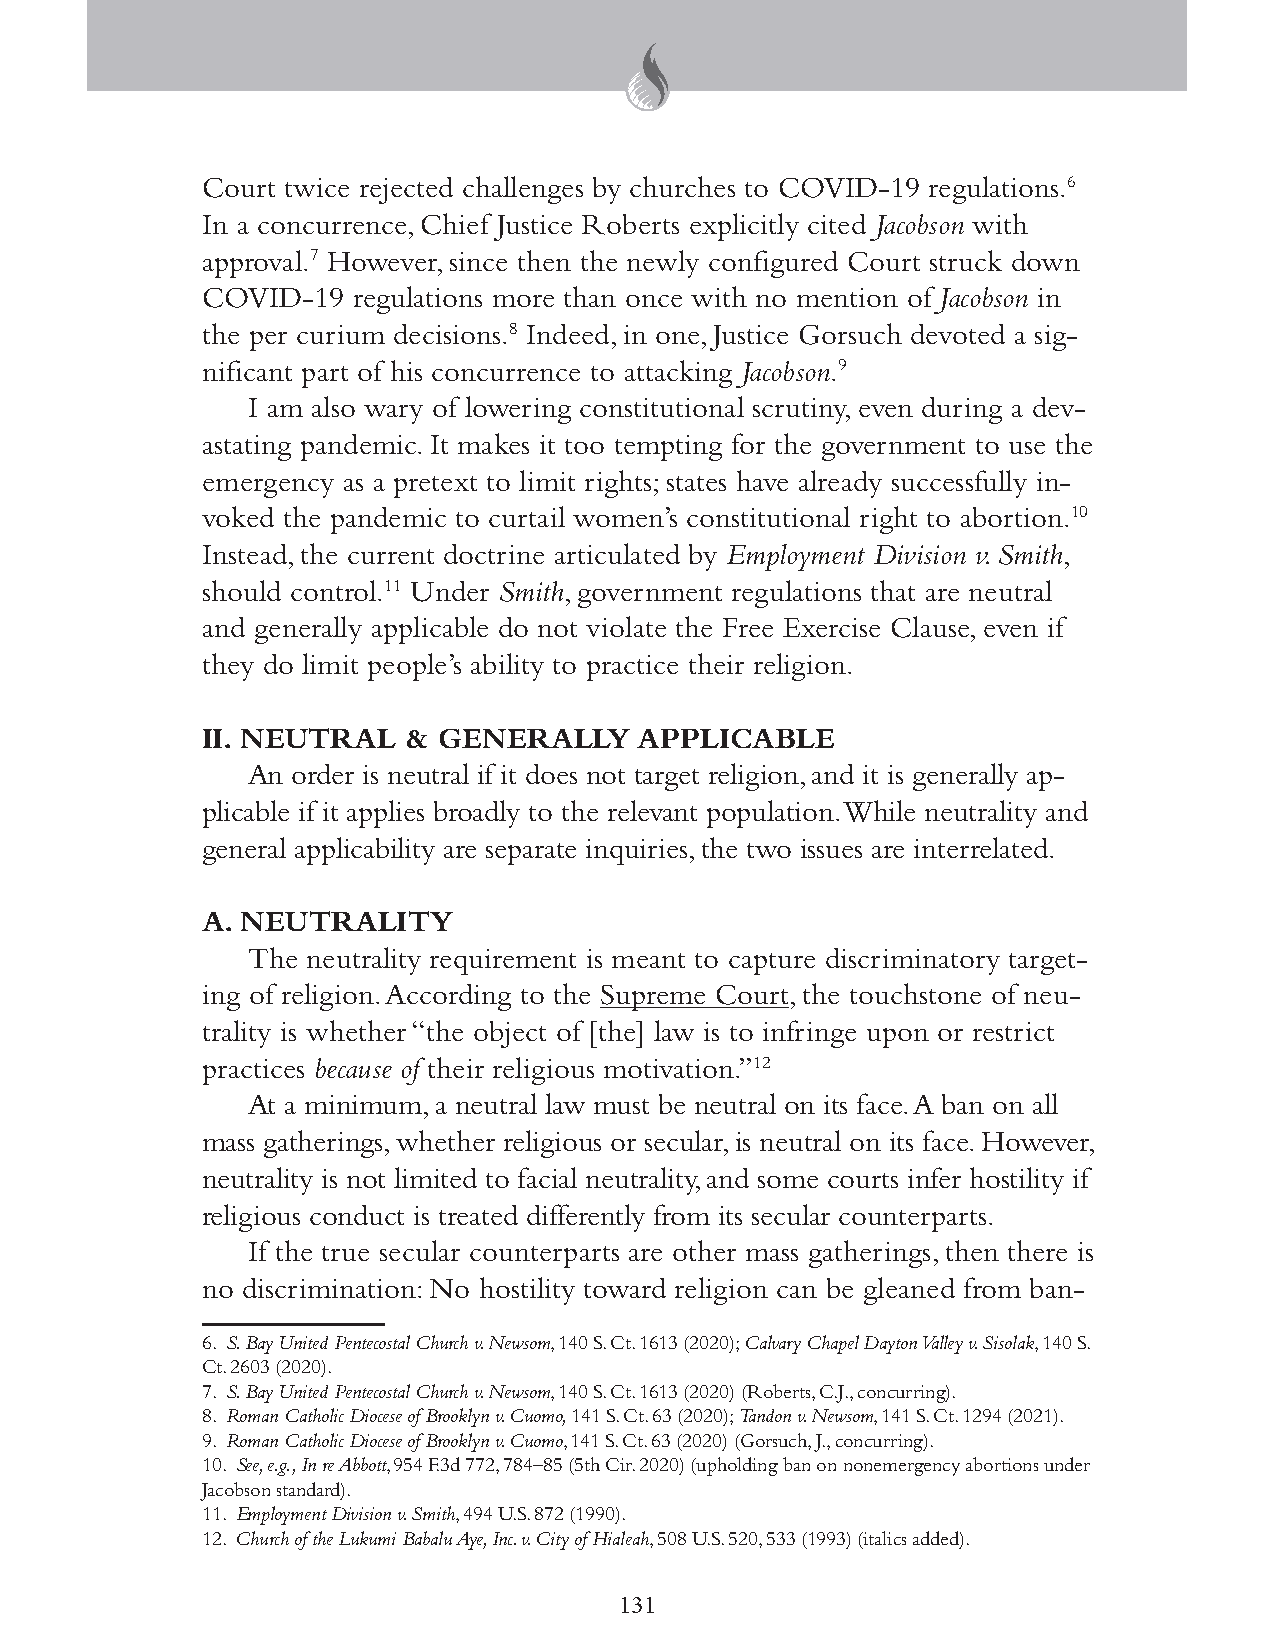
Court twice rejected challenges by churches to COVID-19 regulations.6
 In a concurrence, Chief Justice Roberts explicitly cited Jacobson with
 approval.7 However, since then the newly configured Court struck down
 COVID-19  regulations more than once with no mention of Jacobson in
 the per curium decisions.8 Indeed, in one, Justice Gorsuch devoted a sig-
 nificant part of his concurrence to attacking Jacobson.9
 I am also wary of lowering constitutional scrutiny, even during a dev-
 astating pandemic. It makes it too tempting for the government to use the
 emergency as a pretext to limit rights; states have already successfully in-
 voked the pandemic to curtail women’s constitutional right to abortion.10
 Instead, the current doctrine articulated by Employment Division v. Smith,
 should control.11 Under Smith, government regulations that are neutral
 and generally applicable do not violate the Free Exercise Clause, even if
 they do limit people’s ability to practice their religion.
 II. NEUTRAL   & GENERALLY    APPLICABLE
 An order is neutral if it does not target religion, and it is generally ap-
 plicable if it applies broadly to the relevant population. While neutrality and
 general applicability are separate inquiries, the two issues are interrelated.
 A. NEUTRALITY
 The neutrality requirement is meant to capture discriminatory target-
 ing of religion. According to the Supreme Court, the touchstone of neu-
 trality is whether “the object of [the] law is to infringe upon or restrict
 practices because of their religious motivation.”12
 At a minimum, a neutral law must be neutral on its face. A ban on all
 mass gatherings, whether religious or secular, is neutral on its face. However,
 neutrality is not limited to facial neutrality, and some courts infer hostility if
 religious conduct is treated differently from its secular counterparts.
 If the true secular counterparts are other mass gatherings, then there is
 no discrimination: No hostility toward religion can be gleaned from ban-
 6. S. Bay United Pentecostal Church v. Newsom, 140 S. Ct. 1613 (2020); Calvary Chapel Dayton Valley v. Sisolak, 140 S.
 Ct. 2603 (2020).
 7. S. Bay United Pentecostal Church v. Newsom, 140 S. Ct. 1613 (2020) (Roberts, C.J., concurring).
 8. Roman Catholic Diocese of Brooklyn v. Cuomo, 141 S. Ct. 63 (2020); Tandon v. Newsom, 141 S. Ct. 1294 (2021).
 9. Roman Catholic Diocese of Brooklyn v. Cuomo, 141 S. Ct. 63 (2020) (Gorsuch, J., concurring).
 10. See, e.g., In re Abbott, 954 F.3d 772, 784–85 (5th Cir. 2020) (upholding ban on nonemergency abortions under
 Jacobson standard).
 11. Employment Division v. Smith, 494 U.S. 872 (1990).
 12. Church of the Lukumi Babalu Aye, Inc. v. City of Hialeah, 508 U.S. 520, 533 (1993) (italics added).
 131